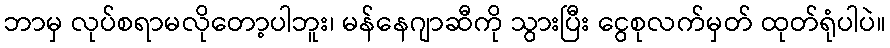
ဘာမှ လုပ်စရာမလိုတော့ပါဘူး၊ မန်နေဂျာဆီကို သွားပြီး ငွေစုလက်မှတ် ထုတ်ရုံပါပဲ။